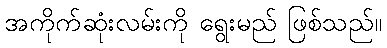
အကိုက်ဆုံးလမ်းကို ရွေးမည် ဖြစ်သည်။